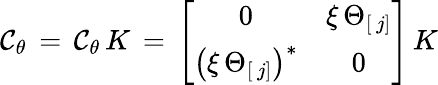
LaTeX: \mathcal{C}_{\theta}\, =\, {\mathbf{\mathcal{C}}}_{\theta}\, K\, =\, \left[\begin{array}{cc}{{0}}&{{\xi\, \Theta_{[\, j]}}}\\ {{\left(\xi\, \Theta_{[\, j]}\right)^{\ast}}}&{{0}}\end{array}\right]\, K